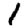
Digit: 1